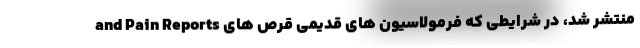
and Pain Reports منتشر شد، در شرایطی که فرمولاسیون های قدیمی قرص های